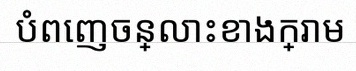
បំពេញចន្លោះខាងក្រោម